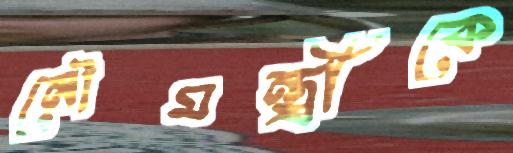
নৌমন্ত্রীকে